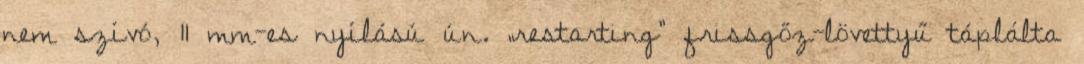
nem szívó, 11 mm-es nyílású ún. „restarting” frissgőz-lövettyű táplálta